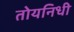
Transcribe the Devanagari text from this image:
तोयनिधी